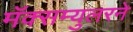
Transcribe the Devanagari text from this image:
मॅक्सम्युलरने